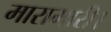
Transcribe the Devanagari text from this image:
मारामारी।